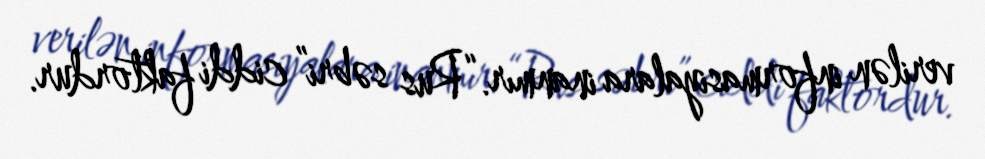
verilən informasiyalara inanmır.“Rus səbri” ciddi faktordur.